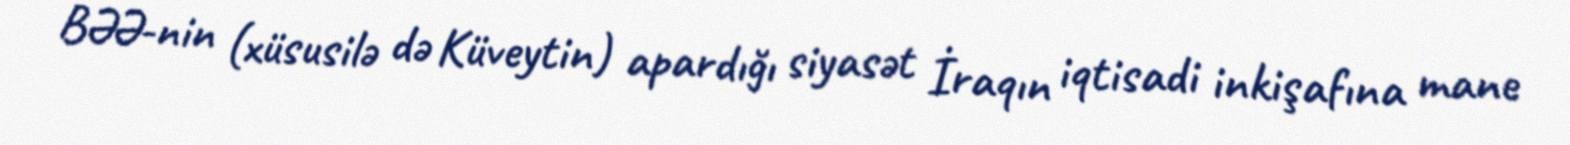
BƏƏ-nin (xüsusilə də Küveytin) apardığı siyasət İraqın iqtisadi inkişafına mane